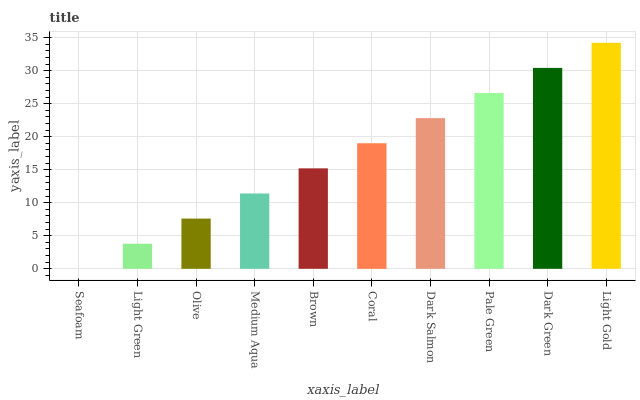
| xaxis_label | bars |
 | --- | --- |
 | Seafoam | 0 |
 | Light Green | 3.8 |
 | Olive | 7.6 |
 | Medium Aqua | 11.4 |
 | Brown | 15.2 |
 | Coral | 19 |
 | Dark Salmon | 22.8 |
 | Pale Green | 26.6 |
 | Dark Green | 30.4 |
 | Light Gold | 34.2 |